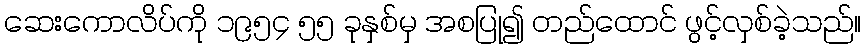
ဆေးကောလိပ်ကို ၁၉၅၄ ၅၅ ခုနှစ်မှ အစပြု၍ တည်ထောင် ဖွင့်လှစ်ခဲ့သည်။